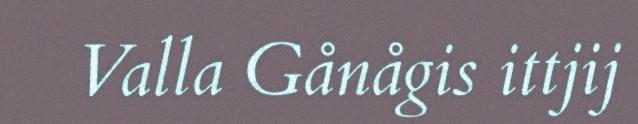
Valla Gånågis ittjij